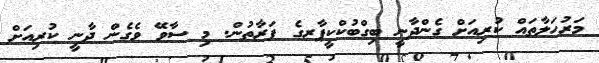
މަރުހަލާތައް ކުރިއަށް ގެންދާނީ ބިގްބުކްކީޕާރގެ ފަރާތުން. މި ސާވޭ ވެގެން ދާނީ ކުރިއަށް